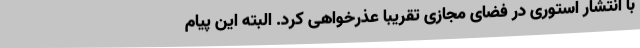
با انتشار استوری در فضای مجازی تقریباً عذرخواهی کرد. البته این پیام